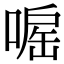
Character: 𠹓